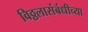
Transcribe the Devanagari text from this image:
विठ्ठलासंबंधीच्या